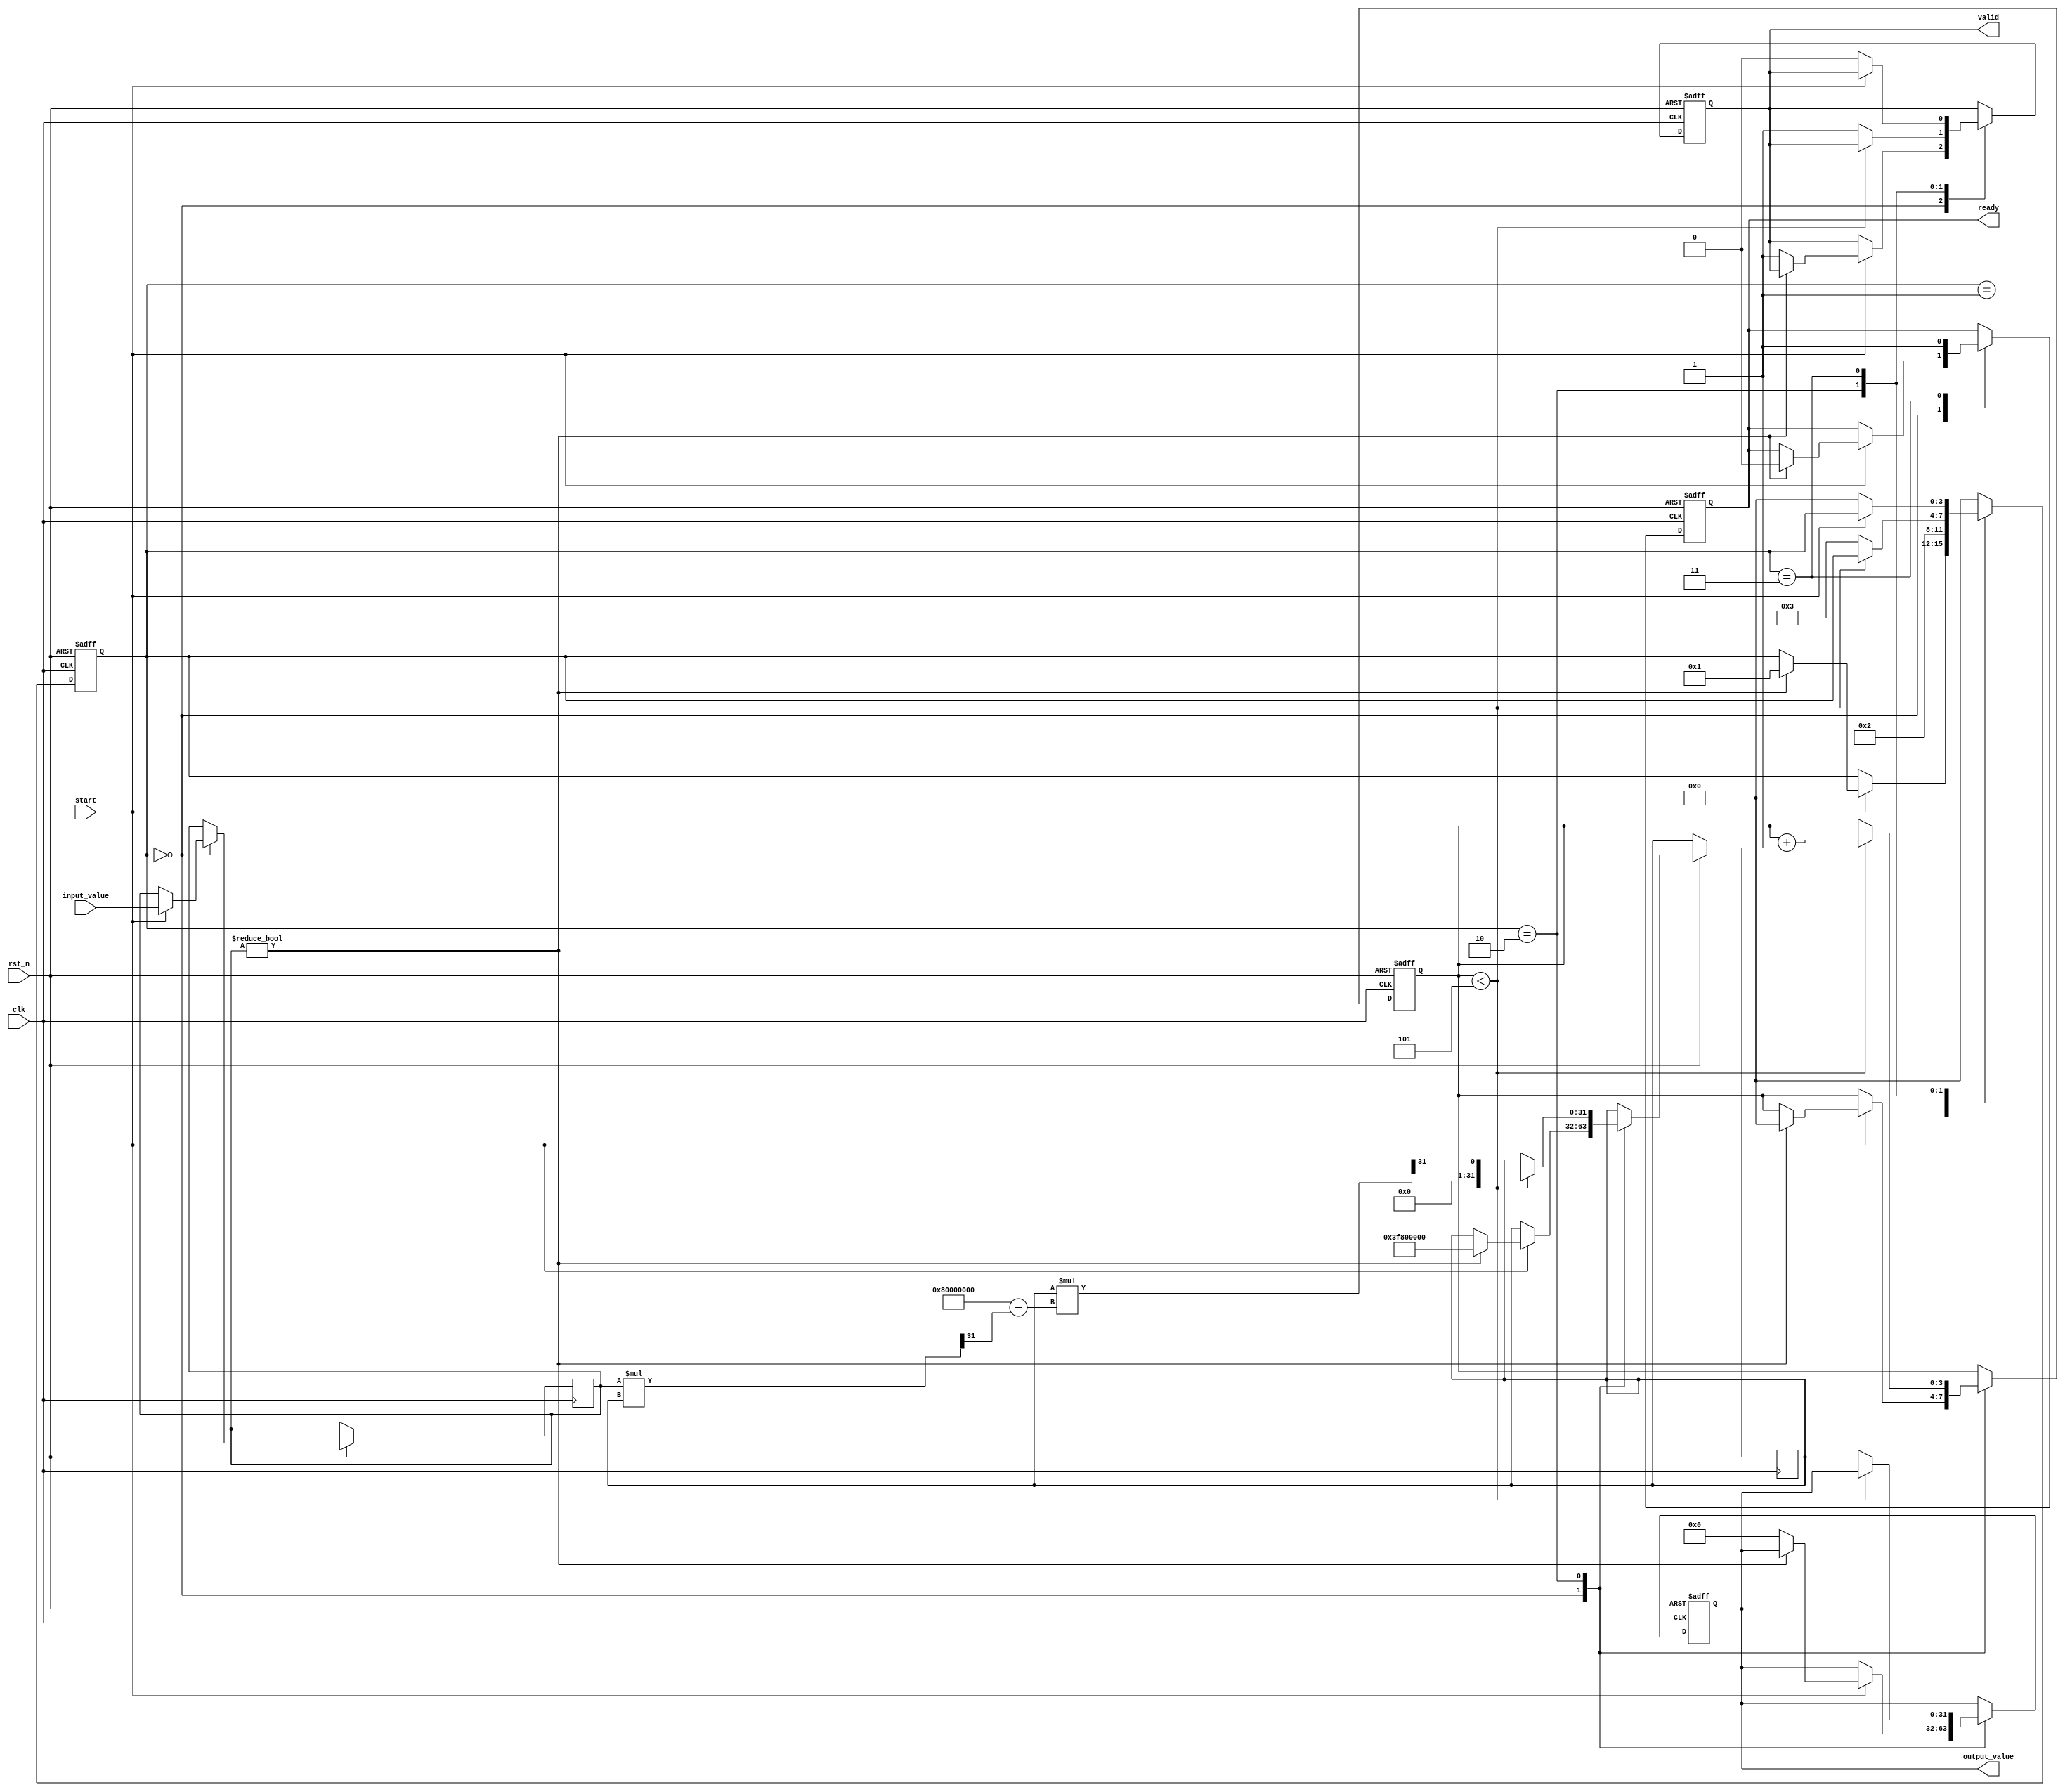
module DirectReciprocalUnit (
    input wire clk,
    input wire rst_n,
    input wire start,
    input wire [31:0] input_value, // 32-bit fixed-point input
    output reg [31:0] output_value, // 32-bit fixed-point output
    output reg valid, // Indicates valid output
    output reg ready // Indicates the unit is ready for new input
);

    reg [31:0] x; // Current approximation of the reciprocal
    reg [31:0] y; // Input value
    reg [3:0] state; // State machine for control
    reg [3:0] iteration; // Iteration counter

    localparam IDLE = 4'b0000,
               INIT = 4'b0001,
               CALC = 4'b0010,
               DONE = 4'b0011;

    // Initial state
    always @(posedge clk or negedge rst_n) begin
        if (!rst_n) begin
            state <= IDLE;
            output_value <= 32'b0;
            valid <= 1'b0;
            ready <= 1'b1;
            iteration <= 4'b0;
        end else begin
            case (state)
                IDLE: begin
                    if (start) begin
                        y <= input_value;
                        if (y != 32'b0) begin
                            x <= 32'h3F800000; // Initial guess for 1.0 in floating-point
                            iteration <= 4'b0;
                            state <= INIT;
                            ready <= 1'b0;
                        end else begin
                            output_value <= 32'b0; // Handle division by zero
                            valid <= 1'b1;
                        end
                    end
                end

                INIT: begin
                    state <= CALC;
                end

                CALC: begin
                    if (iteration < 4'd5) begin // 5 iterations for Newton-Raphson
                        x <= x * (32'h80000000 - (y * x >> 31)) >> 31; // x = x * (2 - y * x)
                        iteration <= iteration + 1;
                    end else begin
                        output_value <= x; // Final approximation
                        valid <= 1'b1;
                        state <= DONE;
                    end
                end

                DONE: begin
                    ready <= 1'b1; // Ready for new input
                    if (!start) begin
                        state <= IDLE; // Go back to IDLE state
                        valid <= 1'b0; // Reset valid signal
                    end
                end

                default: state <= IDLE;
            endcase
        end
    end

endmodule